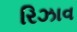
રિઝાવ